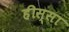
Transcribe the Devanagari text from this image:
हीस्सा